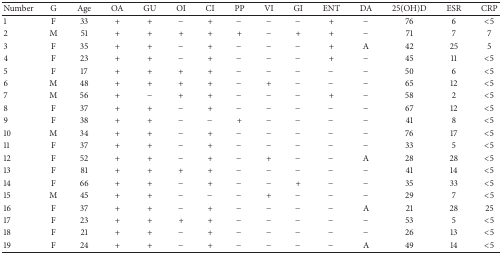
<table><thead><tr><td><b>Number</b></td><td><b>G</b></td><td><b>Age</b></td><td><b>OA</b></td><td><b>GU</b></td><td><b>OI</b></td><td><b>CI</b></td><td><b>PP</b></td><td><b>VI</b></td><td><b>GI</b></td><td><b>ENT</b></td><td><b>DA </b></td><td><b>25(OH)D</b></td><td><b>ESR </b></td><td><b>CRP </b></td></tr></thead><tbody><tr><td>1</td><td>F</td><td>33</td><td>+</td><td>+</td><td>−</td><td>+</td><td>−</td><td>−</td><td>−</td><td>+</td><td>−</td><td>76</td><td>6</td><td>&lt;5</td></tr><tr><td>2</td><td>M</td><td>51</td><td>+</td><td>+</td><td>+</td><td>+</td><td>+</td><td>−</td><td>+</td><td>+</td><td>−</td><td>71</td><td>7</td><td>7</td></tr><tr><td>3</td><td>F</td><td>35</td><td>+</td><td>+</td><td>−</td><td>+</td><td>−</td><td>−</td><td>−</td><td>+</td><td>A</td><td>42</td><td>25</td><td>5</td></tr><tr><td>4</td><td>F</td><td>23</td><td>+</td><td>+</td><td>−</td><td>+</td><td>−</td><td>−</td><td>−</td><td>+</td><td>−</td><td>45</td><td>11</td><td>&lt;5</td></tr><tr><td>5</td><td>F</td><td>17</td><td>+</td><td>+</td><td>+</td><td>+</td><td>−</td><td>−</td><td>−</td><td>−</td><td>−</td><td>50</td><td>6</td><td>&lt;5</td></tr><tr><td>6</td><td>M</td><td>48</td><td>+</td><td>+</td><td>+</td><td>+</td><td>−</td><td>+</td><td>−</td><td>−</td><td>−</td><td>65</td><td>12</td><td>&lt;5</td></tr><tr><td>7</td><td>M</td><td>56</td><td>+</td><td>−</td><td>+</td><td>+</td><td>−</td><td>−</td><td>−</td><td>+</td><td>−</td><td>58</td><td>2</td><td>&lt;5</td></tr><tr><td>8</td><td>F</td><td>37</td><td>+</td><td>+</td><td>−</td><td>+</td><td>−</td><td>−</td><td>−</td><td>−</td><td>−</td><td>67</td><td>12</td><td>&lt;5</td></tr><tr><td>9</td><td>F</td><td>38</td><td>+</td><td>+</td><td>−</td><td>−</td><td>+</td><td>−</td><td>−</td><td>−</td><td>−</td><td>41</td><td>8</td><td>&lt;5</td></tr><tr><td>10</td><td>M</td><td>34</td><td>+</td><td>+</td><td>−</td><td>+</td><td>−</td><td>−</td><td>−</td><td>−</td><td>−</td><td>76</td><td>17</td><td>&lt;5</td></tr><tr><td>11</td><td>F</td><td>37</td><td>+</td><td>+</td><td>−</td><td>+</td><td>−</td><td>−</td><td>−</td><td>−</td><td>−</td><td>33</td><td>5</td><td>&lt;5</td></tr><tr><td>12</td><td>F</td><td>52</td><td>+</td><td>+</td><td>−</td><td>+</td><td>−</td><td>+</td><td>−</td><td>−</td><td>A</td><td>28</td><td>28</td><td>&lt;5</td></tr><tr><td> 13</td><td>F</td><td>81</td><td> +</td><td> +</td><td> +</td><td> +</td><td> −</td><td> −</td><td> −</td><td> −</td><td>−</td><td>41</td><td>14</td><td>&lt;5</td></tr><tr><td> 14</td><td>F</td><td>66</td><td> +</td><td> +</td><td> −</td><td> +</td><td> −</td><td> −</td><td> +</td><td> −</td><td>−</td><td>35</td><td>33</td><td>&lt;5</td></tr><tr><td> 15</td><td>M</td><td>45</td><td> +</td><td> +</td><td> −</td><td> −</td><td> −</td><td> +</td><td> −</td><td> −</td><td>−</td><td>29</td><td>7</td><td>&lt;5</td></tr><tr><td> 16</td><td>F</td><td>37</td><td> +</td><td> +</td><td> −</td><td> +</td><td> −</td><td> −</td><td> −</td><td> −</td><td>A</td><td>21</td><td>28</td><td>25</td></tr><tr><td> 17</td><td>F</td><td>23</td><td> +</td><td> +</td><td> +</td><td> +</td><td> −</td><td> −</td><td> −</td><td> −</td><td>−</td><td>53</td><td>5</td><td>&lt;5</td></tr><tr><td> 18</td><td>F</td><td>21</td><td> +</td><td> +</td><td> −</td><td> +</td><td> −</td><td> −</td><td> −</td><td> −</td><td>−</td><td>26</td><td>13</td><td>&lt;5</td></tr><tr><td> 19</td><td>F</td><td>24</td><td> +</td><td> +</td><td> −</td><td> +</td><td> −</td><td> −</td><td> −</td><td> −</td><td>A</td><td>49</td><td>14</td><td>&lt;5</td></tr></tbody></table>